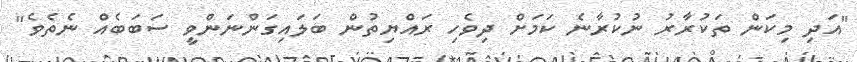
"އަދި މިކަން ތަކުރާރު ނުކުރާނެ ކަމަށް ދިވެހި ރައްޔިތުން ބަލައިގަންނަންވީ ސަބަބެއް ނެތެވެ"